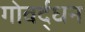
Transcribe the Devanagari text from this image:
गोवर्द्धन